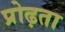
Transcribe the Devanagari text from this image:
प्रोढ़ता